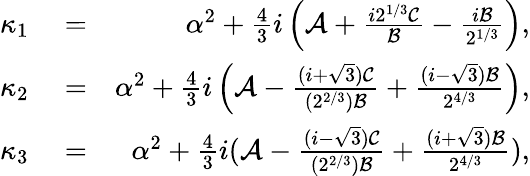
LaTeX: \begin{array}{rlr}{\kappa_{1}}&{{}=}&{\alpha^{2}+\frac{4}{3}i\left(\mathcal{A}+\frac{i2^{1/3}\mathcal{C}}{\mathcal{B}}-\frac{i\mathcal{B}}{2^{1/3}}\right),}\\ {\kappa_{2}}&{{}=}&{\alpha^{2}+\frac{4}{3}i\left(\mathcal{A}-\frac{(i+\sqrt{3})\mathcal{C}}{(2^{2/3})\mathcal{B}}+\frac{(i-\sqrt{3})\mathcal{B}}{2^{4/3}}\right),}\\ {\kappa_{3}}&{{}=}&{\alpha^{2}+\frac{4}{3}i(\mathcal{A}-\frac{(i-\sqrt{3})\mathcal{C}}{(2^{2/3})\mathcal{B}}+\frac{(i+\sqrt{3})\mathcal{B}}{2^{4/3}}),}\end{array}